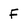
Character: F